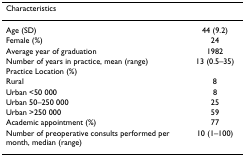
<table><thead><tr><td><b>Characteristics</b></td><td></td></tr></thead><tbody><tr><td>Age (SD)</td><td>44 (9.2)</td></tr><tr><td>Female (%)</td><td>24</td></tr><tr><td>Average year of graduation</td><td>1982</td></tr><tr><td>Number of years in practice, mean (range)</td><td>13 (0.5–35)</td></tr><tr><td>Practice Location (%)</td><td></td></tr><tr><td>Rural</td><td>8</td></tr><tr><td>Urban &lt;50 000</td><td>8</td></tr><tr><td>Urban 50–250 000</td><td>25</td></tr><tr><td>Urban &gt;250 000</td><td>59</td></tr><tr><td>Academic appointment (%)</td><td>77</td></tr><tr><td>Number of preoperative consults performed per month, median (range)</td><td>10 (1–100)</td></tr></tbody></table>